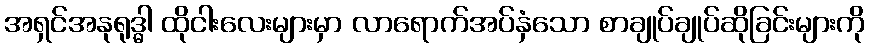
အရှင်အနုရုဒ္ဓါ ထိုငါးလေးများမှာ လာရောက်အပ်နှံသော စာချုပ်ချုပ်ဆိုခြင်းများကို